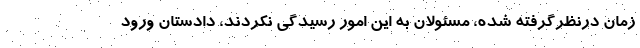
زمان درنظرگرفته شده، مسئولان به این امور رسیدگی نکردند، دادستان ورود